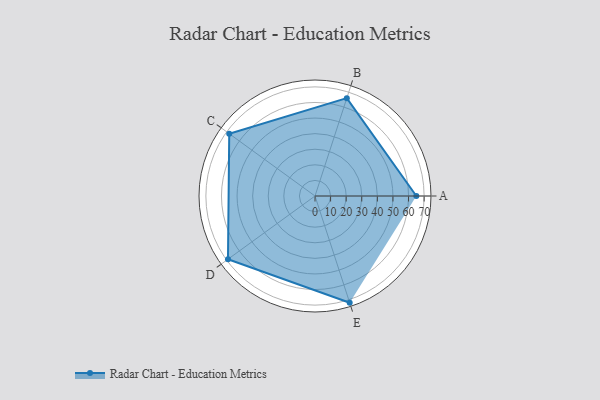
{"axis": {"x": "Skill", "y": "Score"}, "legend": ["Profile"], "data": [{"x": "A", "y": 65.0, "type": "Profile"}, {"x": "B", "y": 66.0, "type": "Profile"}, {"x": "C", "y": 68.0, "type": "Profile"}, {"x": "D", "y": 69.0, "type": "Profile"}, {"x": "E", "y": 72.0, "type": "Profile"}]}